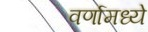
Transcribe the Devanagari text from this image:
वर्णामध्ये